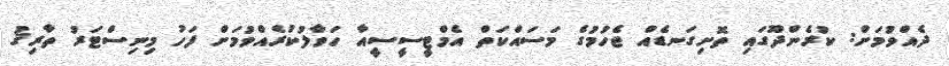
ދެއްވުމަށް: ކުރެންދޫގައި ތޮށިގަނޑެއް ޖެހުމުގެ މަސައްކަތް އެމްޓީސީސީއާ ހަވާލުކުރެއްވުމަށް ފަހު މިނިސްޓަރު ތާރިޤު